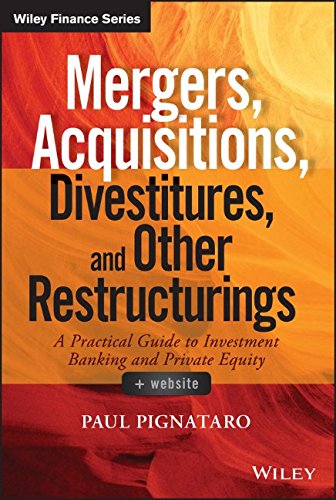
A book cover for Mergers, Acquisitions, Divestitures, and Other Restructurings, + Website (Wiley Finance); Paul Pignataro; Business & Money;